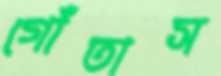
গোঁতাস